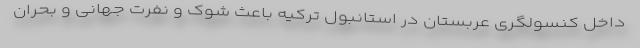
داخل کنسولگری عربستان در استانبول ترکیه باعث شوک و نفرت جهانی و بحران